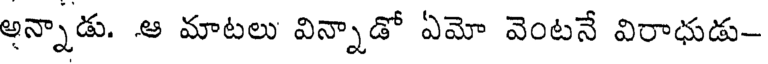
అన్నాడు. ఆ మాటలు విన్నాడో ఏమో వెంటనే విరాధుడు-